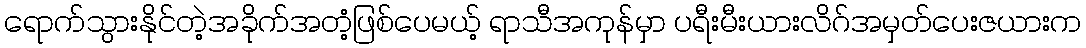
ရောက်သွားနိုင်တဲ့အခိုက်အတံ့ဖြစ်ပေမယ့် ရာသီအကုန်မှာ ပရီးမီးယားလိဂ်အမှတ်ပေးဇယားက